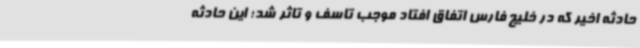
حادثه اخیر که در خلیج فارس اتفاق افتاد موجب تاسف و تاثر شد؛ این حادثه